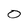
Character: 0